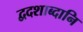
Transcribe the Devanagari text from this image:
द्वदशाब्दानि